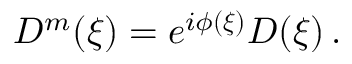
D ^ { m } ( \boldsymbol { \xi } ) = e ^ { i \phi ( \boldsymbol { \xi } ) } D ( \boldsymbol { \xi } ) \, .